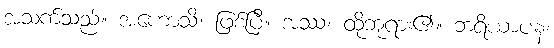
အသက်သည်။ အဟောသိ၊ ဖြစ်ပြီ။ အဿ၊ ထိုဘုရား၏။ ဘရိယာပန၊